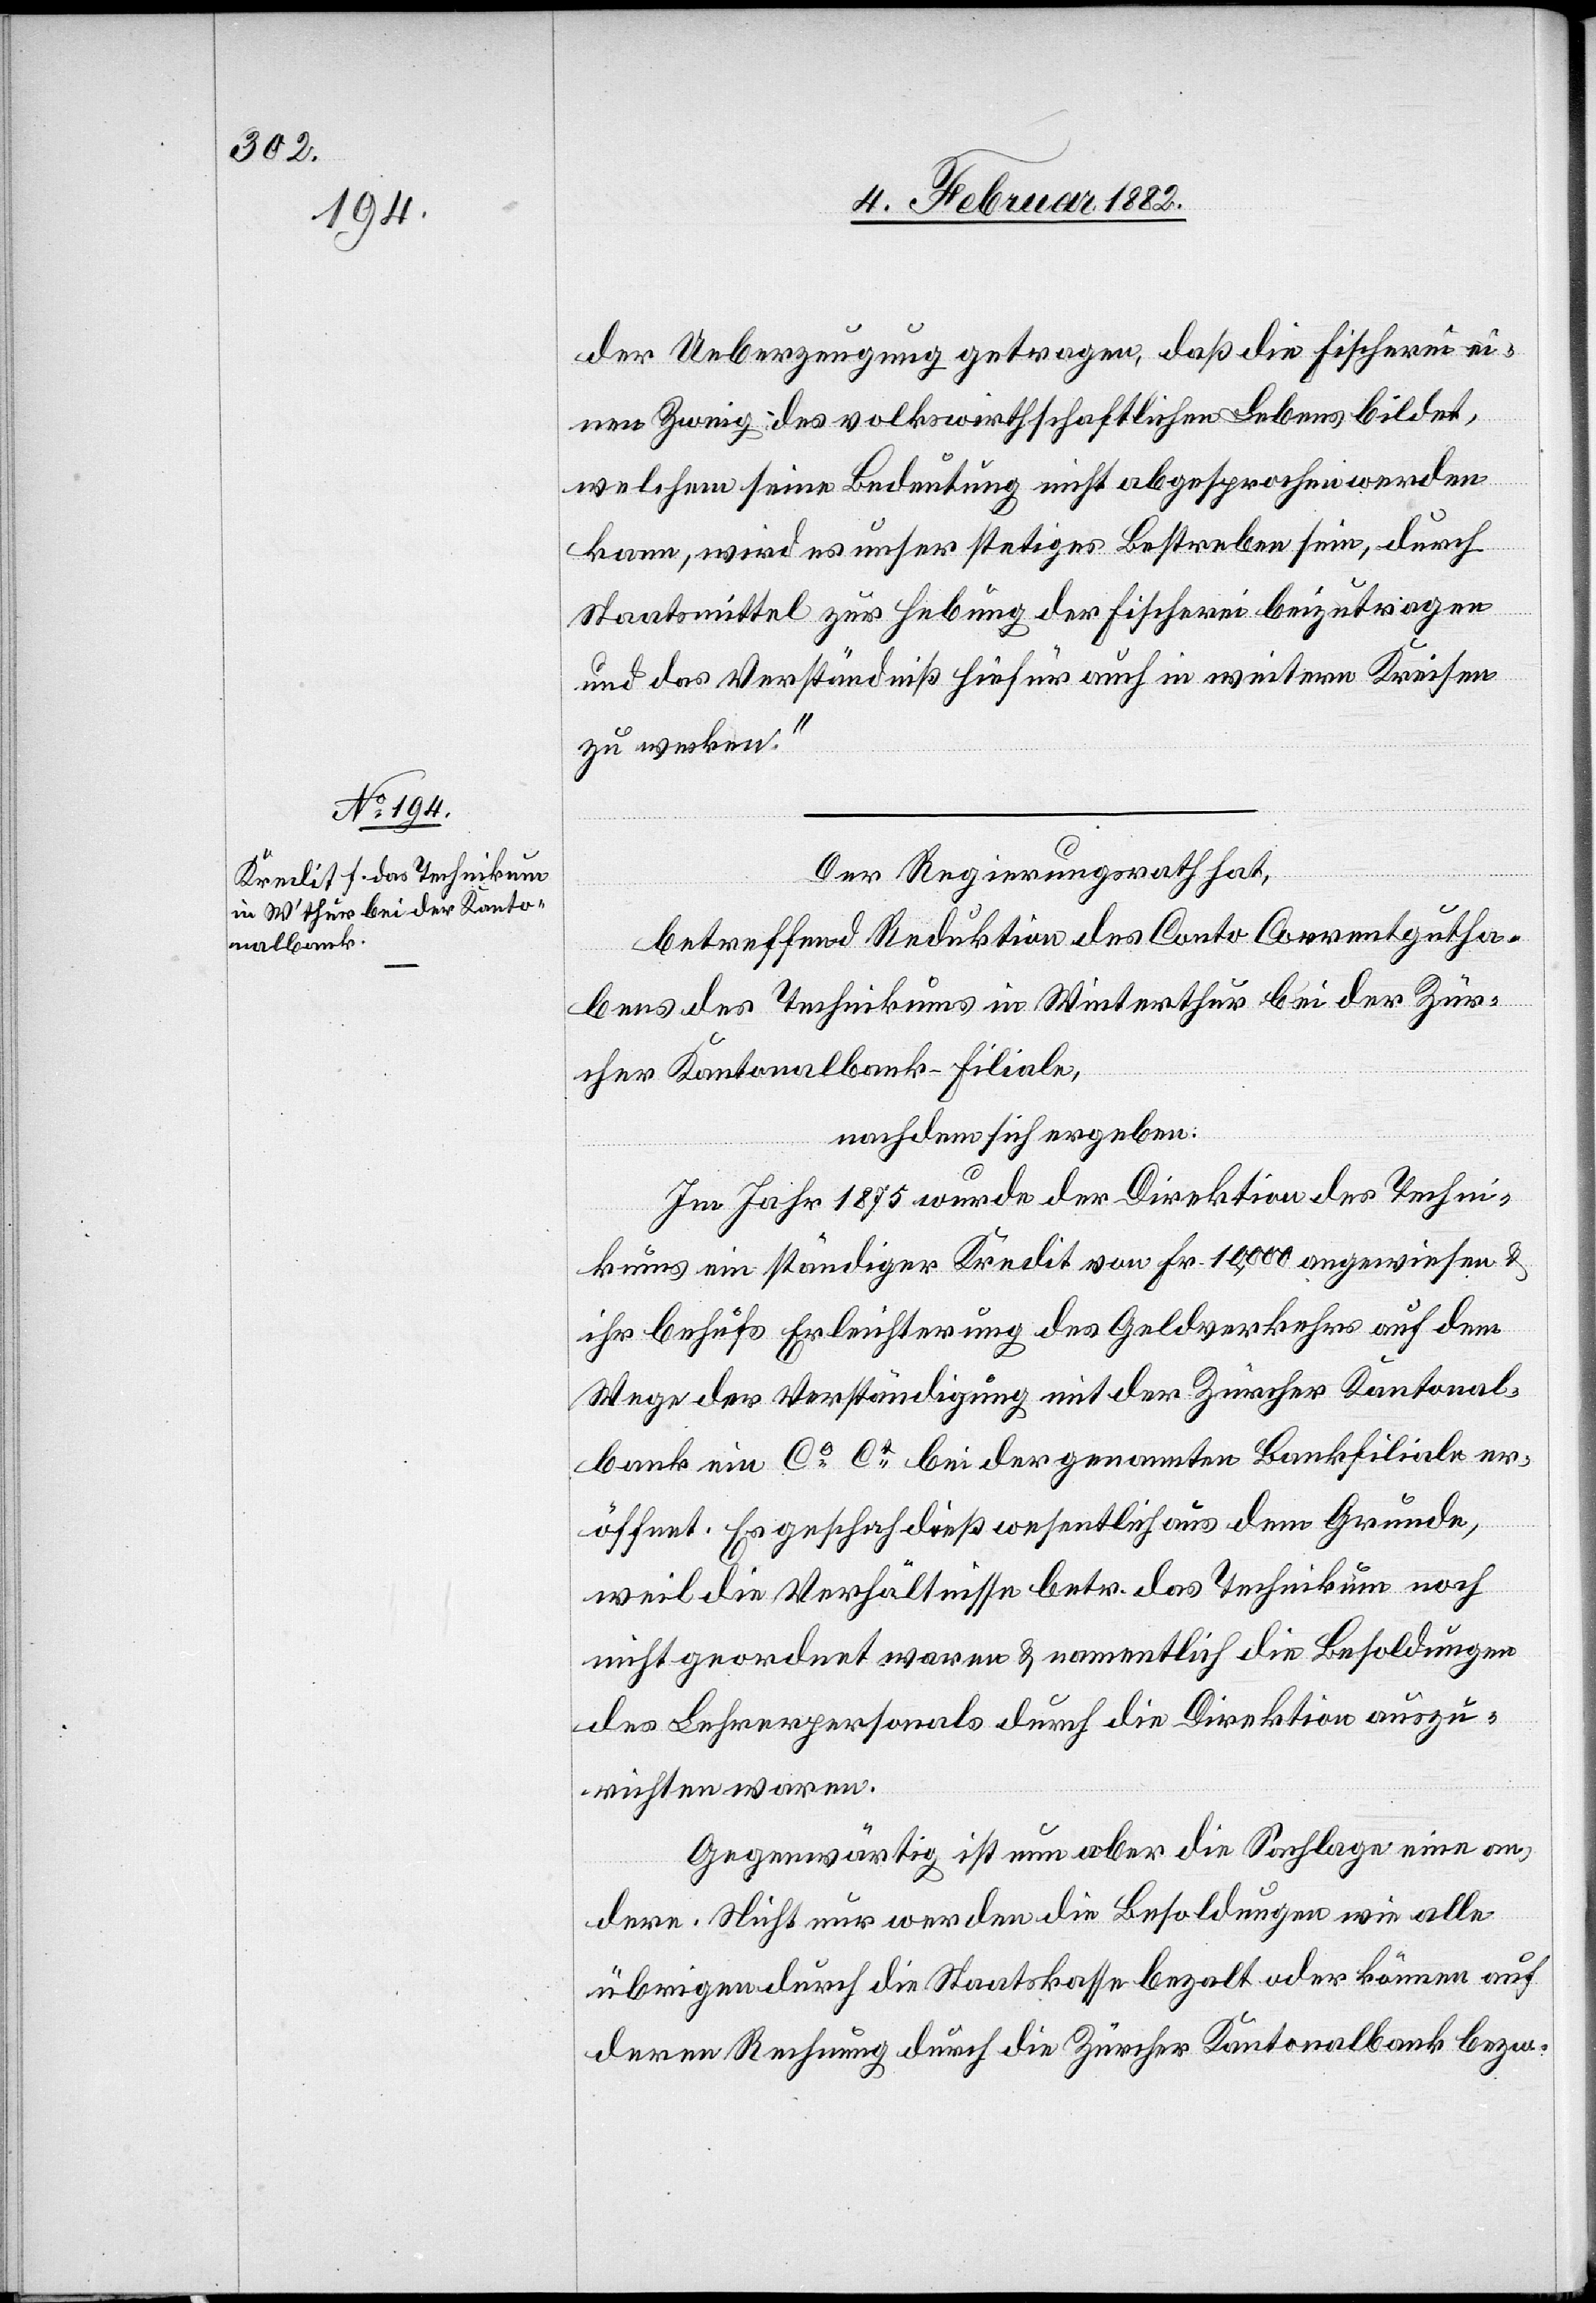
der Ueberzeugung getragen, daß die Fischerei ei¬
nen Zweig des volkswirtschaftlichen Lebens bildet,
welchem seine Bedeutung nicht abgesprochen werden
kann, wird es unser stetiges Bestreben sein, durch
Staatsmittel zur Hebung der Fischerei beizutragen
und das Verständniß hiefür auch in weiteren Kreisen
zu wecken.“
Der Regierungsrath hat,
betreffend Reduktion des Conto Correntgutha¬
bens des Technikums in Winterthur bei der Zür¬
cher Kantonalbank-Filiale,
nachdem sich ergeben:
Im Jahr 1875 wurde der Direktion des Techni¬
kums ein ständiger Kredit von Fr. 10,000 angewiesen &
ihr behufs Erleichterung des Geldverkehrs auf dem
Wege der Verständigung mit der Zürcher Kantonal¬
bank im CO CL bei der genannten Bankfiliale er¬
öffnet. Es geschah dieß wesentlich aus dem Grunde,
weil die Verhältnisse betr. das Technikum noch
nicht geordnet waren & namentlich die Besoldungen
des Lehrerpersonals durch die Direktion auszu¬
richten waren.
Gegenwärtig ist nun aber die Sachlage eine an¬
dere. Nicht nur werden die Besoldungen wie alle
übrigen durch die Staatskasse bezahlt oder können auf
deren Rechnung durch die Zürcher Kantonalbank bezw.